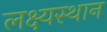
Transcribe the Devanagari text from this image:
लक्ष्यस्थान